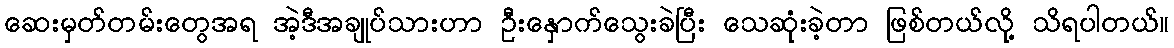
ဆေးမှတ်တမ်းတွေအရ အဲ့ဒီအချုပ်သားဟာ ဦးနှောက်သွေးခဲပြီး သေဆုံးခဲ့တာ ဖြစ်တယ်လို့ သိရပါတယ်။